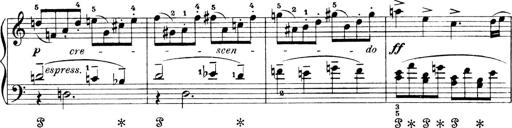
Title: 4 Sonatines
Composer: Max Reger